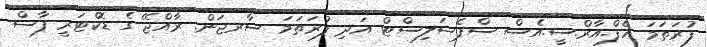
ފުރަތަމަ އެފް.އާރް.ސީ.އެސް ސްޕެޝަލިސްޓް އަދި ފުރަތަމަ ސާރޖަން. ރާއްޖޭ ގެ ޑޮކްޓަރީ ފާސް